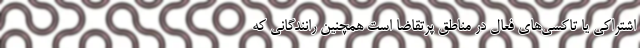
اشتراکی یا تاکسی‌های فعال در مناطق پرتقاضا است همچنین رانندگانی که